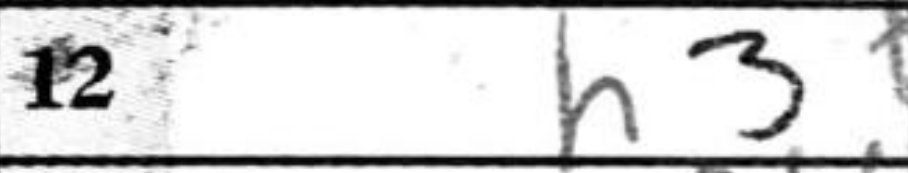
Transcription: h3